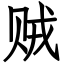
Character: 贼